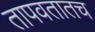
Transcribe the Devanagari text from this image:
तापवतातच